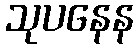
သုပနေန